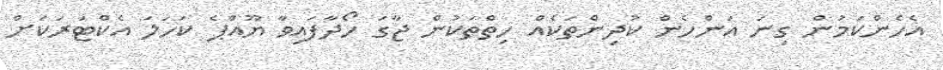
އެހެންކަމުން ގިނަ އަންހެން ކުދިންތަކެއް ހިތްތަކުން ޖާގަ ހޯދާފައިވާ ޔޫއްޕެ ކަހަލަ އެކްޓަރަކަށް